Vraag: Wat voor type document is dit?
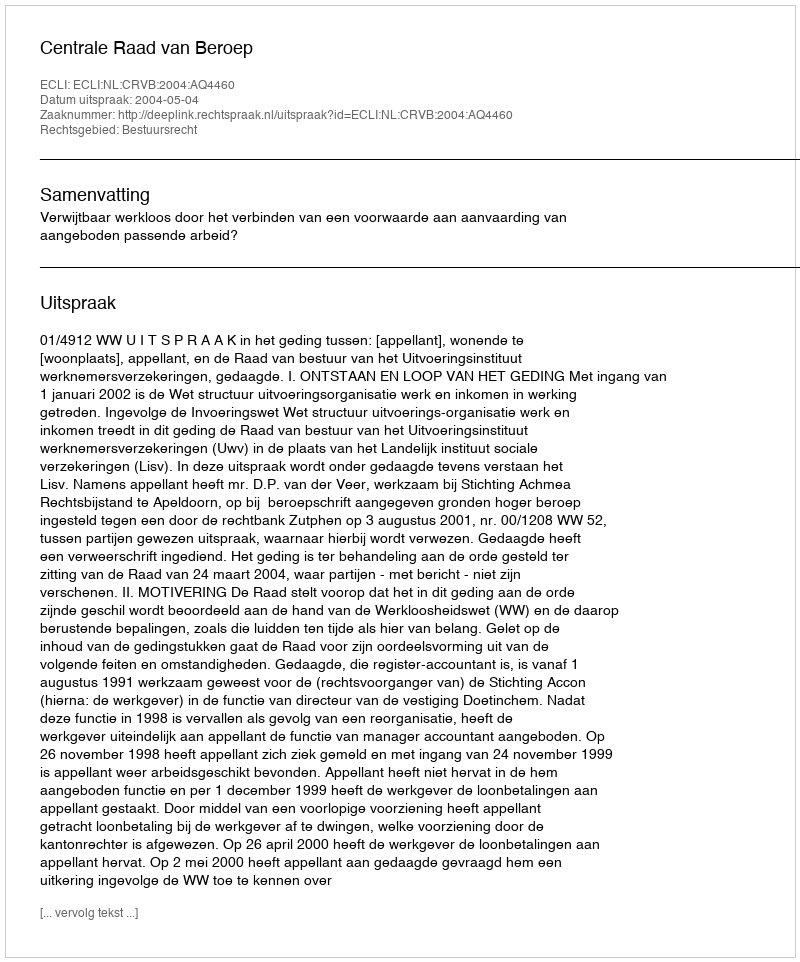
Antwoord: Uitspraak